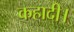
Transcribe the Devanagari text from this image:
कहादी।